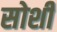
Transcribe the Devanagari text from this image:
सोशी